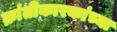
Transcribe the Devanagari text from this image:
क्रांतीकारकांच्या